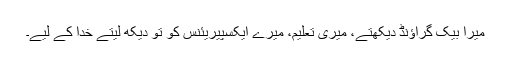
میرا بیک گراؤنڈ دیکھتے، میری تعلیم، میرے ایکسپیریئنس کو تو دیکھ لیتے خدا کے لیے۔